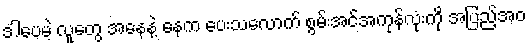
ဒါပေမဲ့ လူတွေ အနေနဲ့ နေက ပေးသလောက် စွမ်းအင်အကုန်လုံးကို အပြည့်အဝ